Jaan_Tonisson_(Lasteleht), lk 143
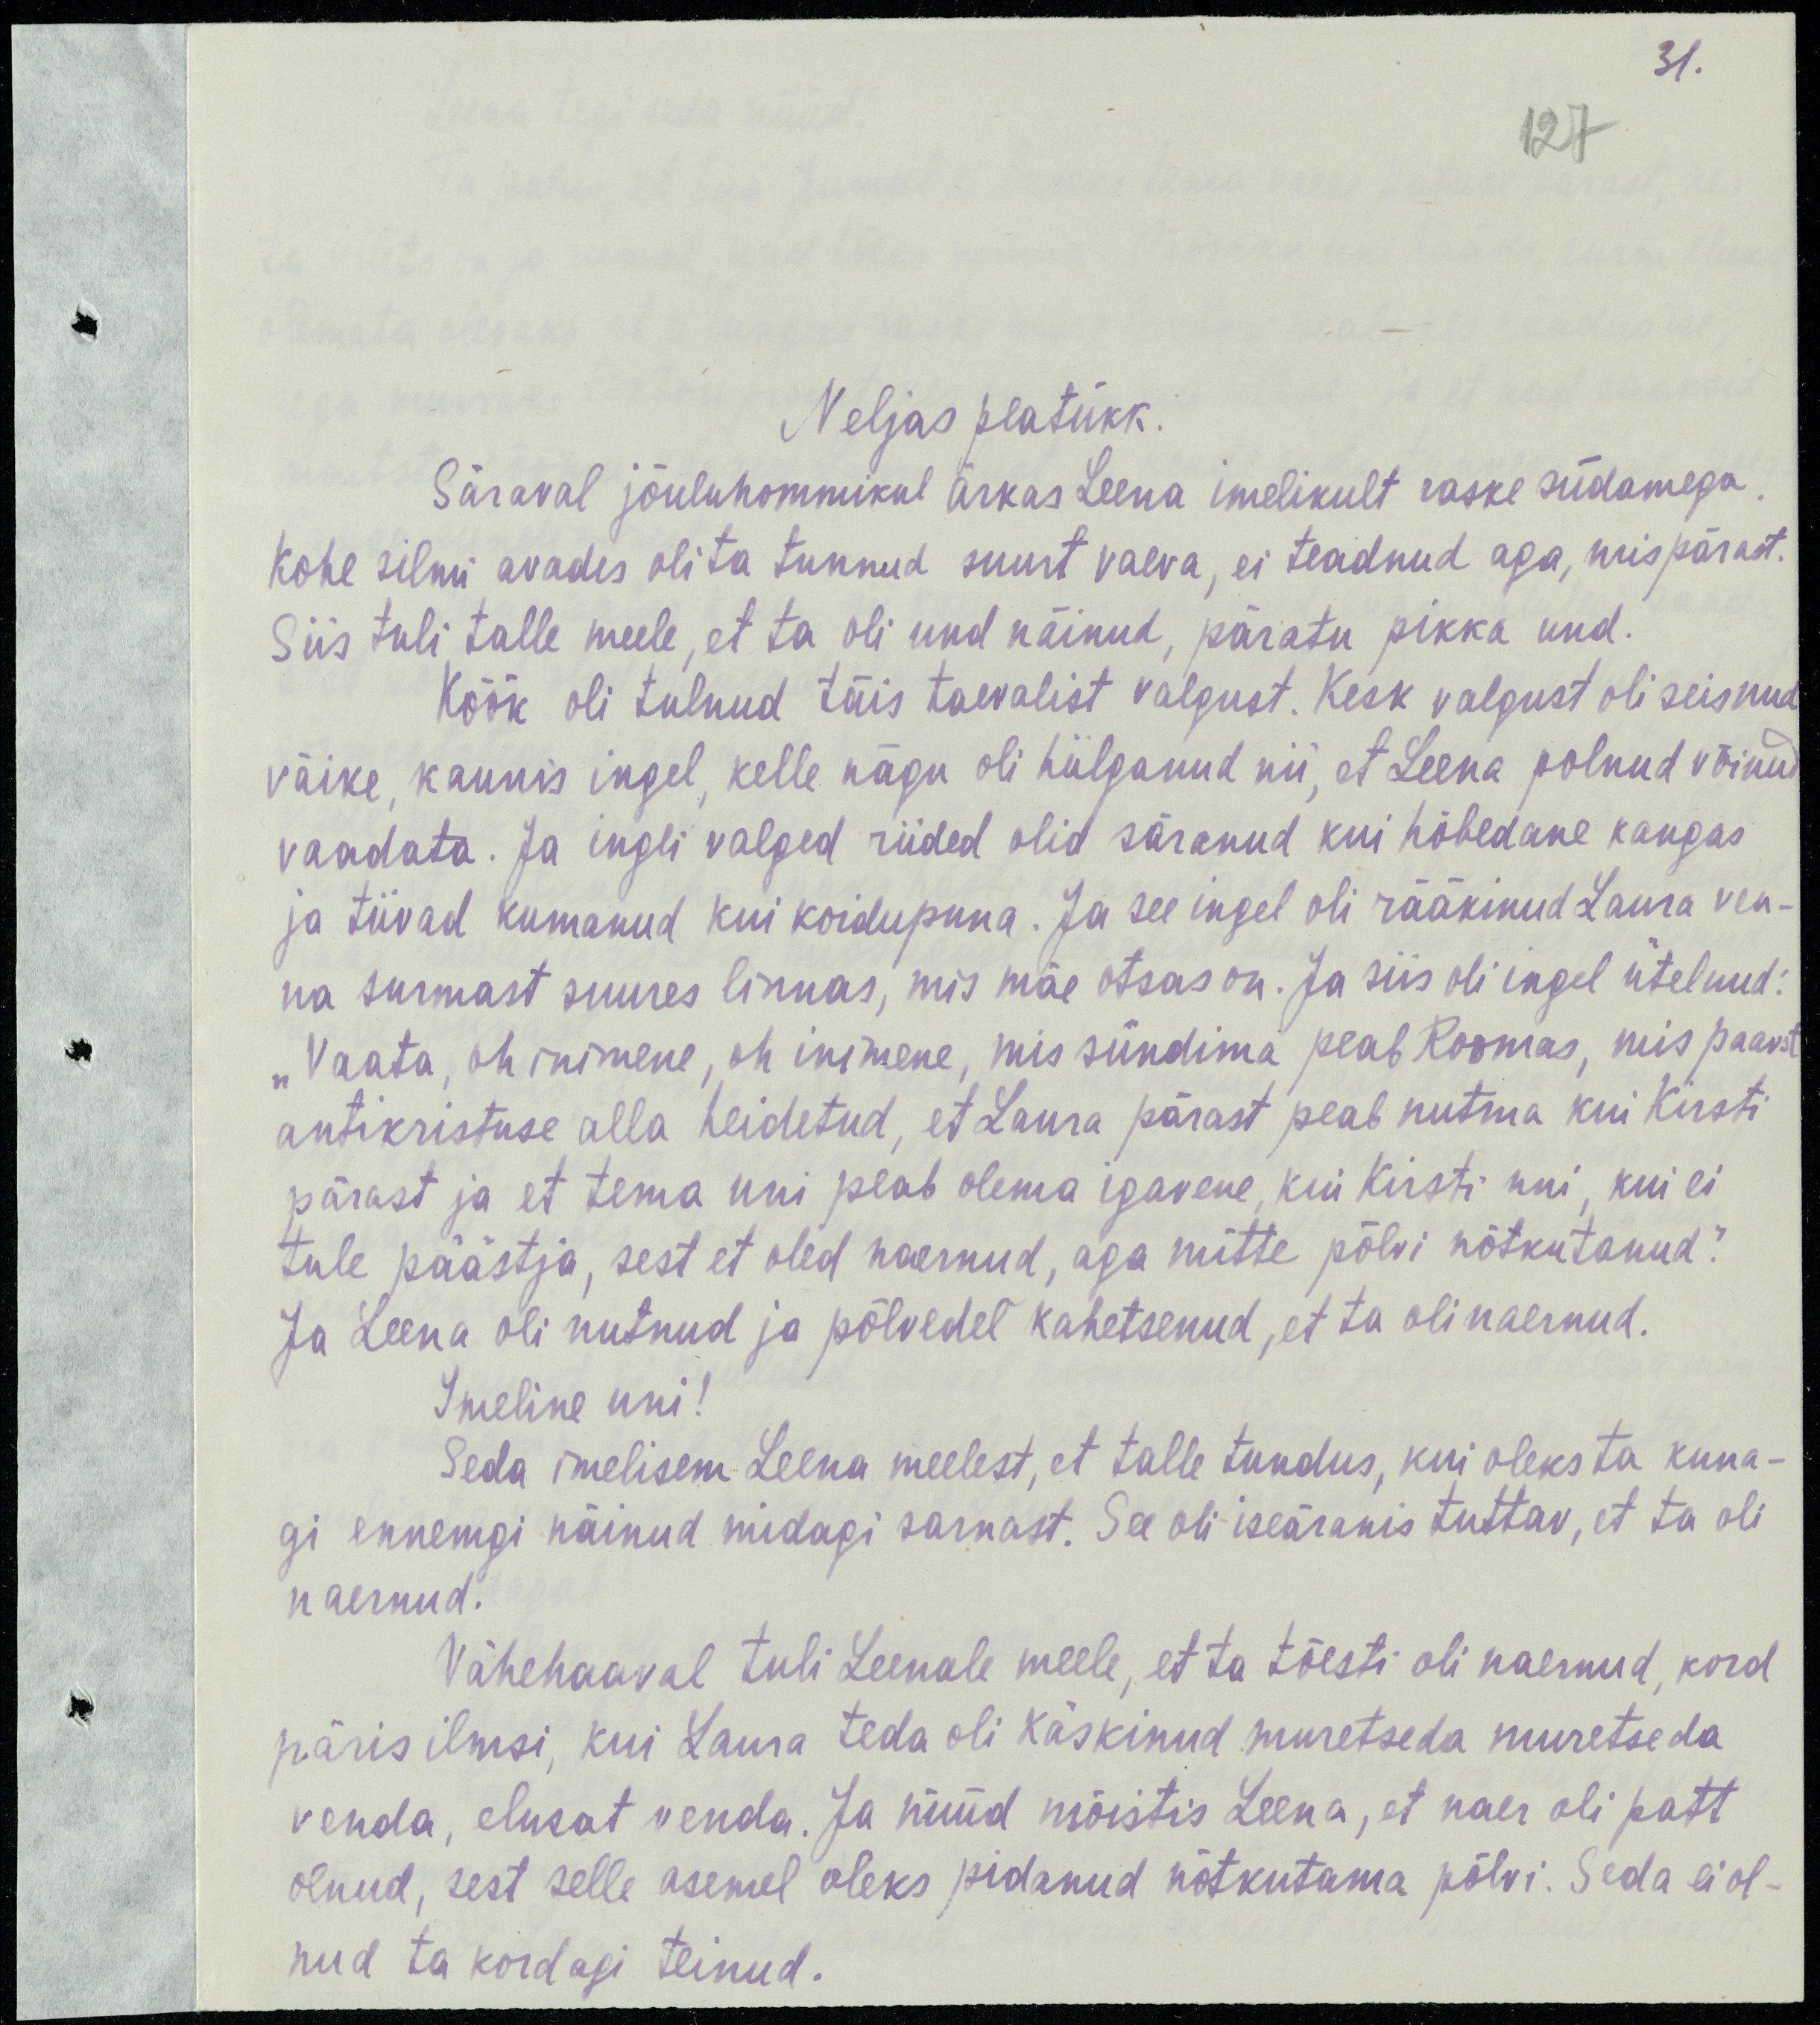
31.
127
Neljas peatükk.
Säraval jõuluhommikul ärkas Leena imelikult raske südamega.
Kohe silmi avades oli ta tunnud suurt veava, ei teadnud aga, mispärast.
Siis tuli talle meele, et ta oli und näinud, päratu pikka und.
Köök oli tulnud täis taevalist valgust. Kesk valgust oli seisnud
väike, kaunis ingel, kelle nägu oli hiilganud nii, et Leena polnud võinud
vaadata. Ja ingli valged riided olid säranud kui hõbedane kangas
ja tiivad kumanud kui koidupuna. Ja see ingel oli rääkinud Laura ven-
na surmast suures linnas, mis mäe otsas on. Ja siis oli ingel ütelnud:
„Vaata, oh inimene, oh inimene, mis sündima peab Roomas, mis paavst
antikristuse alla heidetud, et Laura pärast peab nutma Kirsti
pärast ja et tema uni peab olema igavene kui Kirsti uni, kui ei
tule päästja, sest et oled naernud, aga mitte põlvi nõtkutanud.“
Ja Leena oli nutnud ja põlvedel kahetsenud, et ta oli naernud.
Imeline uni!
Seda imelisem Leena meelest, et talle tundus, kui oleks ta kuna-
gi ennemgi näinud midagi sarnast. See oli iseäranis tuttav, et ta oli
naernud.
Vähehaaval tuli Leenale meele, et ta tõesti oli naernud, kord
päris ilmsi, kui Laura teda oli käskinud muretseda muretseda
venda, elusat venda. Ja nüüd mõistis Leena, et naer oli patt
olnud, sest selle asemel oleks pidanud nõtkutama põlvi. Seda ei ol-
nud ta kordagi teinud.